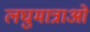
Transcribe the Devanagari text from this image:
लघुमात्राओं